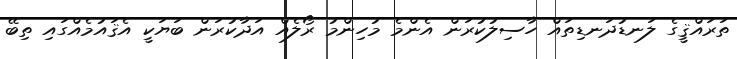
ތަރައްޤީގެ ލަނޑުދަނޑިތައް ހާސިލުކުރަން އެންމެ މުހިންމު ރޯލެއް އަދާކުރަން ބަޔަކީ އެޤައުމެއްގައި ތިބޭ